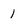
Character: 1